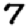
Digit: 7